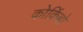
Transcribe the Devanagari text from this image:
कोकिंबो